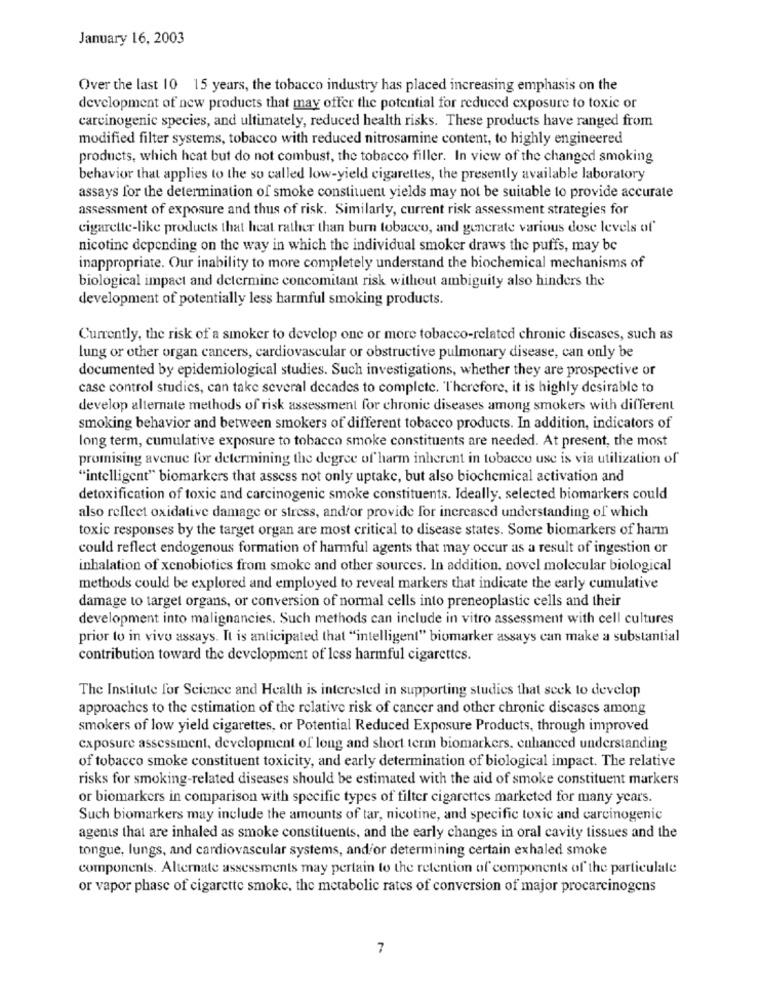
January 16, 2003
Over the last 10 15 years, the tobacco industry has placed increasing emphasis on the
development of new products that may offer the potential for reduced exposure to toxic or
carcinogenic species, and ultimately, reduced health risks. These products have ranged from
modified filter systems, tobacco with reduced nitrosamine content, to highly engineered
products, which heat but do not combust, the tobacco filler. In view of the changed smoking
behavior that applies to the so called low-yield cigarettes, the presently available laboratory
assays for the determination of smoke constituent yields may not be suitable to provide accurate
assessment of exposure and thus of risk. Similarly, current risk assessment strategies for
cigarette-like products that heat rather than burn tobacco, and generate various dose levels of
nicotine depending on the way in which the individual smoker draws the puffs, may be
inappropriate. Our inability to more completely understand the biochemical mechanisms of
biological impact and determine concomitant risk without ambiguity also hinders the
development of potentially less harmful smoking products.
Currently, the risk of a smoker to develop one or more tobacco-related chronic diseases, such as
lung or other organ cancers, cardiovascular or obstructive pulmonary disease, can only be
documented by epidemiological studies. Such investigations, whether they are prospective or
case control studies, can take several decades to complete. Therefore, it is highly desirable to
develop alternate methods of risk assessment for chronic diseases among smokers with different
smoking behavior and between smokers of different tobacco products. In addition, indicators of
long term, cumulative exposure to tobacco smoke constituents are needed. At present, the most
promising avenue for determining the degree of harm inherent in tobacco use is via utilization of
"intelligent" biomarkers that assess not only uptake, but also biochemical activation and
detoxification of toxic and carcinogenic smoke constituents. Ideally, selected biomarkers could
also reflect oxidative damage or stress, and/or provide for increased understanding of which
toxic responses by the target organ are most critical to disease states. Some biomarkers of harm
could reflect endogenous formation of harmful agents that may occur as a result of ingestion or
inhalation of xenobiotics from smoke and other sources. In addition, novel molecular biological
methods could be explored and employed to reveal markers that indicate the early cumulative
damage to target organs, or conversion of normal cells into preneoplastic cells and their
development into malignancies. Such methods can include in vitro assessment with cell cultures
prior to in vivo assays. It is anticipated that "intelligent" biomarker assays can make a substantial
contribution toward the development of less harmful cigarettes.
The Institute for Science and Health is interested in supporting studies that seek to develop
approaches to the estimation of the relative risk of cancer and other chronic diseases among
smokers of low yield cigarettes, or Potential Reduced Exposure Products, through improved
exposure assessment, development of long and short term biomarkers, enhanced understanding
of tobacco smoke constituent toxicity, and early determination of biological impact. The relative
risks for smoking-related diseases should be estimated with the aid of smoke constituent markers
or biomarkers in comparison with specific types of tilter cigarettes marketed for many years.
Such biomarkers may include the amounts of tar, nicotine, and specific toxic and carcinogenic
agents that are inhaled as smoke constituents, and the early changes in oral cavity tissues and the
tongue, lungs, and cardiovascular systems, and/or determining certain exhaled smoke
components. Alternate assessments may pertain to the retention of components of the particulate
or vapor phase of cigarette smoke, the metabolic rates of conversion of major procarcinogens
7